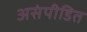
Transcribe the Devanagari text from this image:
असंपीडित